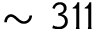
\sim 3 1 1